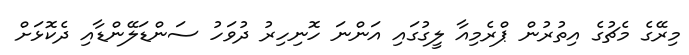
މިރޭގެ މެޗުގެ އިތުރުން ޕްރެމިއާ ލީގުގައި އަންނަ ހޮނިހިރު ދުވަހު ސަންޑަލޭންޑާއި ދެކޮޅަށް